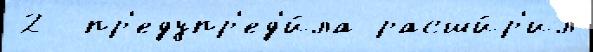
2  пр'едупр'ед'и́ла расши́р'ил